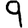
Digit: 9